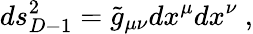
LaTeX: ds_{D-1}^{2}={\widetilde g}_{\mu\nu}dx^{\mu}dx^{\nu}~,